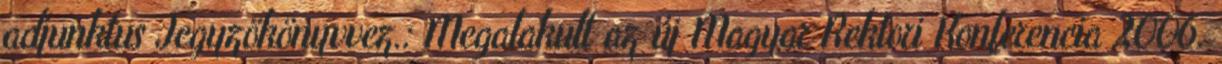
adjunktus Jegyzökönyvvez.: Megalakult az új Magyar Rektori Konferencia 2006.